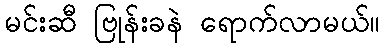
မင်းဆီ ဗြုန်းခနဲ ရောက်လာမယ်။